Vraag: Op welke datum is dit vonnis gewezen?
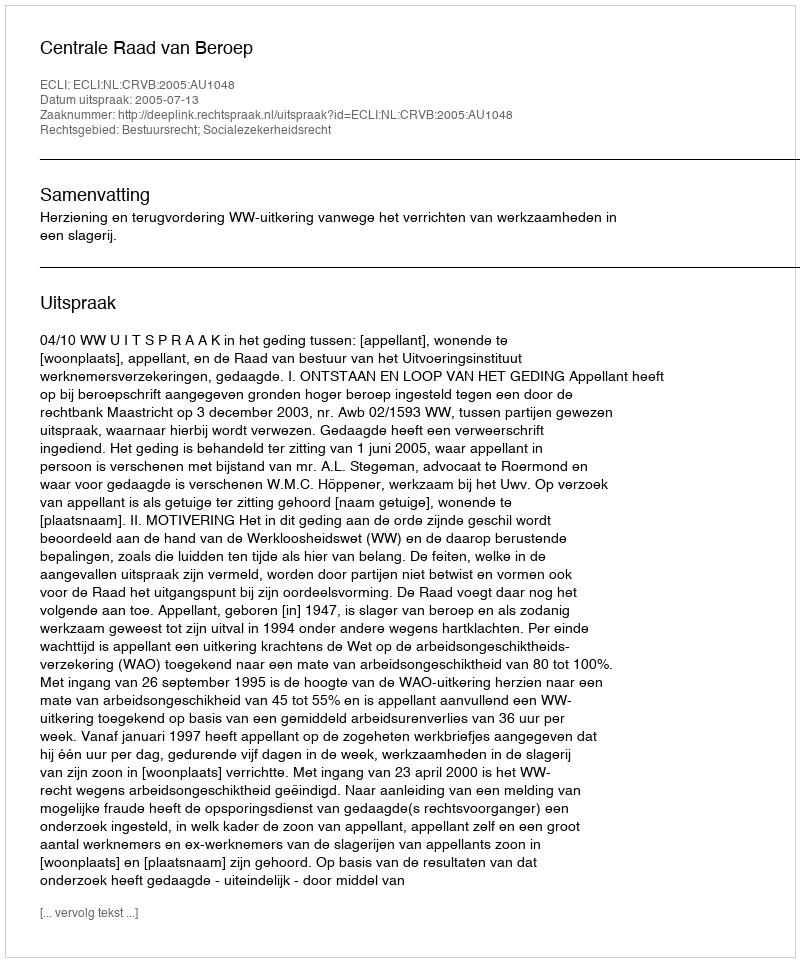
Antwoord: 2005-07-13